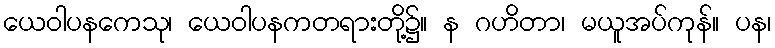
ယေဝါပနကေသု၊ ယေဝါပနကတရားတို့၌။ န ဂဟိတာ၊ မယူအပ်ကုန်။ ပန၊